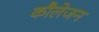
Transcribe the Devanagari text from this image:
कौलेजन